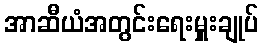
အာဆီယံအတွင်းရေးမှူးချုပ်